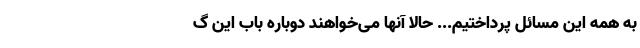
به همه این مسائل پرداختیم... حالا آنها می‌خواهند دوباره باب این گ